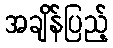
အချိန်ပြည့်